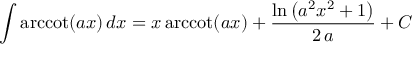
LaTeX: \int \operatorname { a r c c o t } ( a x ) \, d x = x \operatorname { a r c c o t } ( a x ) + { \frac { \ln \left( a ^ { 2 } x ^ { 2 } + 1 \right) } { 2 \, a } } + C